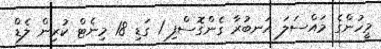
މީހުންގެ މައްސަލަ އަނބުރާ ގެންގޮސްފި 1 ގަޑި 18 މިނެޓް ކުރިން ލެޑް